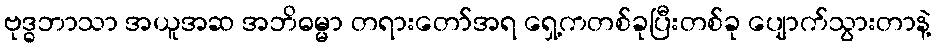
ဗုဒ္ဓဘာသာ အယူအဆ အဘိဓမ္မာ တရားတော်အရ ရှေ့ကတစ်ခုပြီးတစ်ခု ပျောက်သွားတာနဲ့